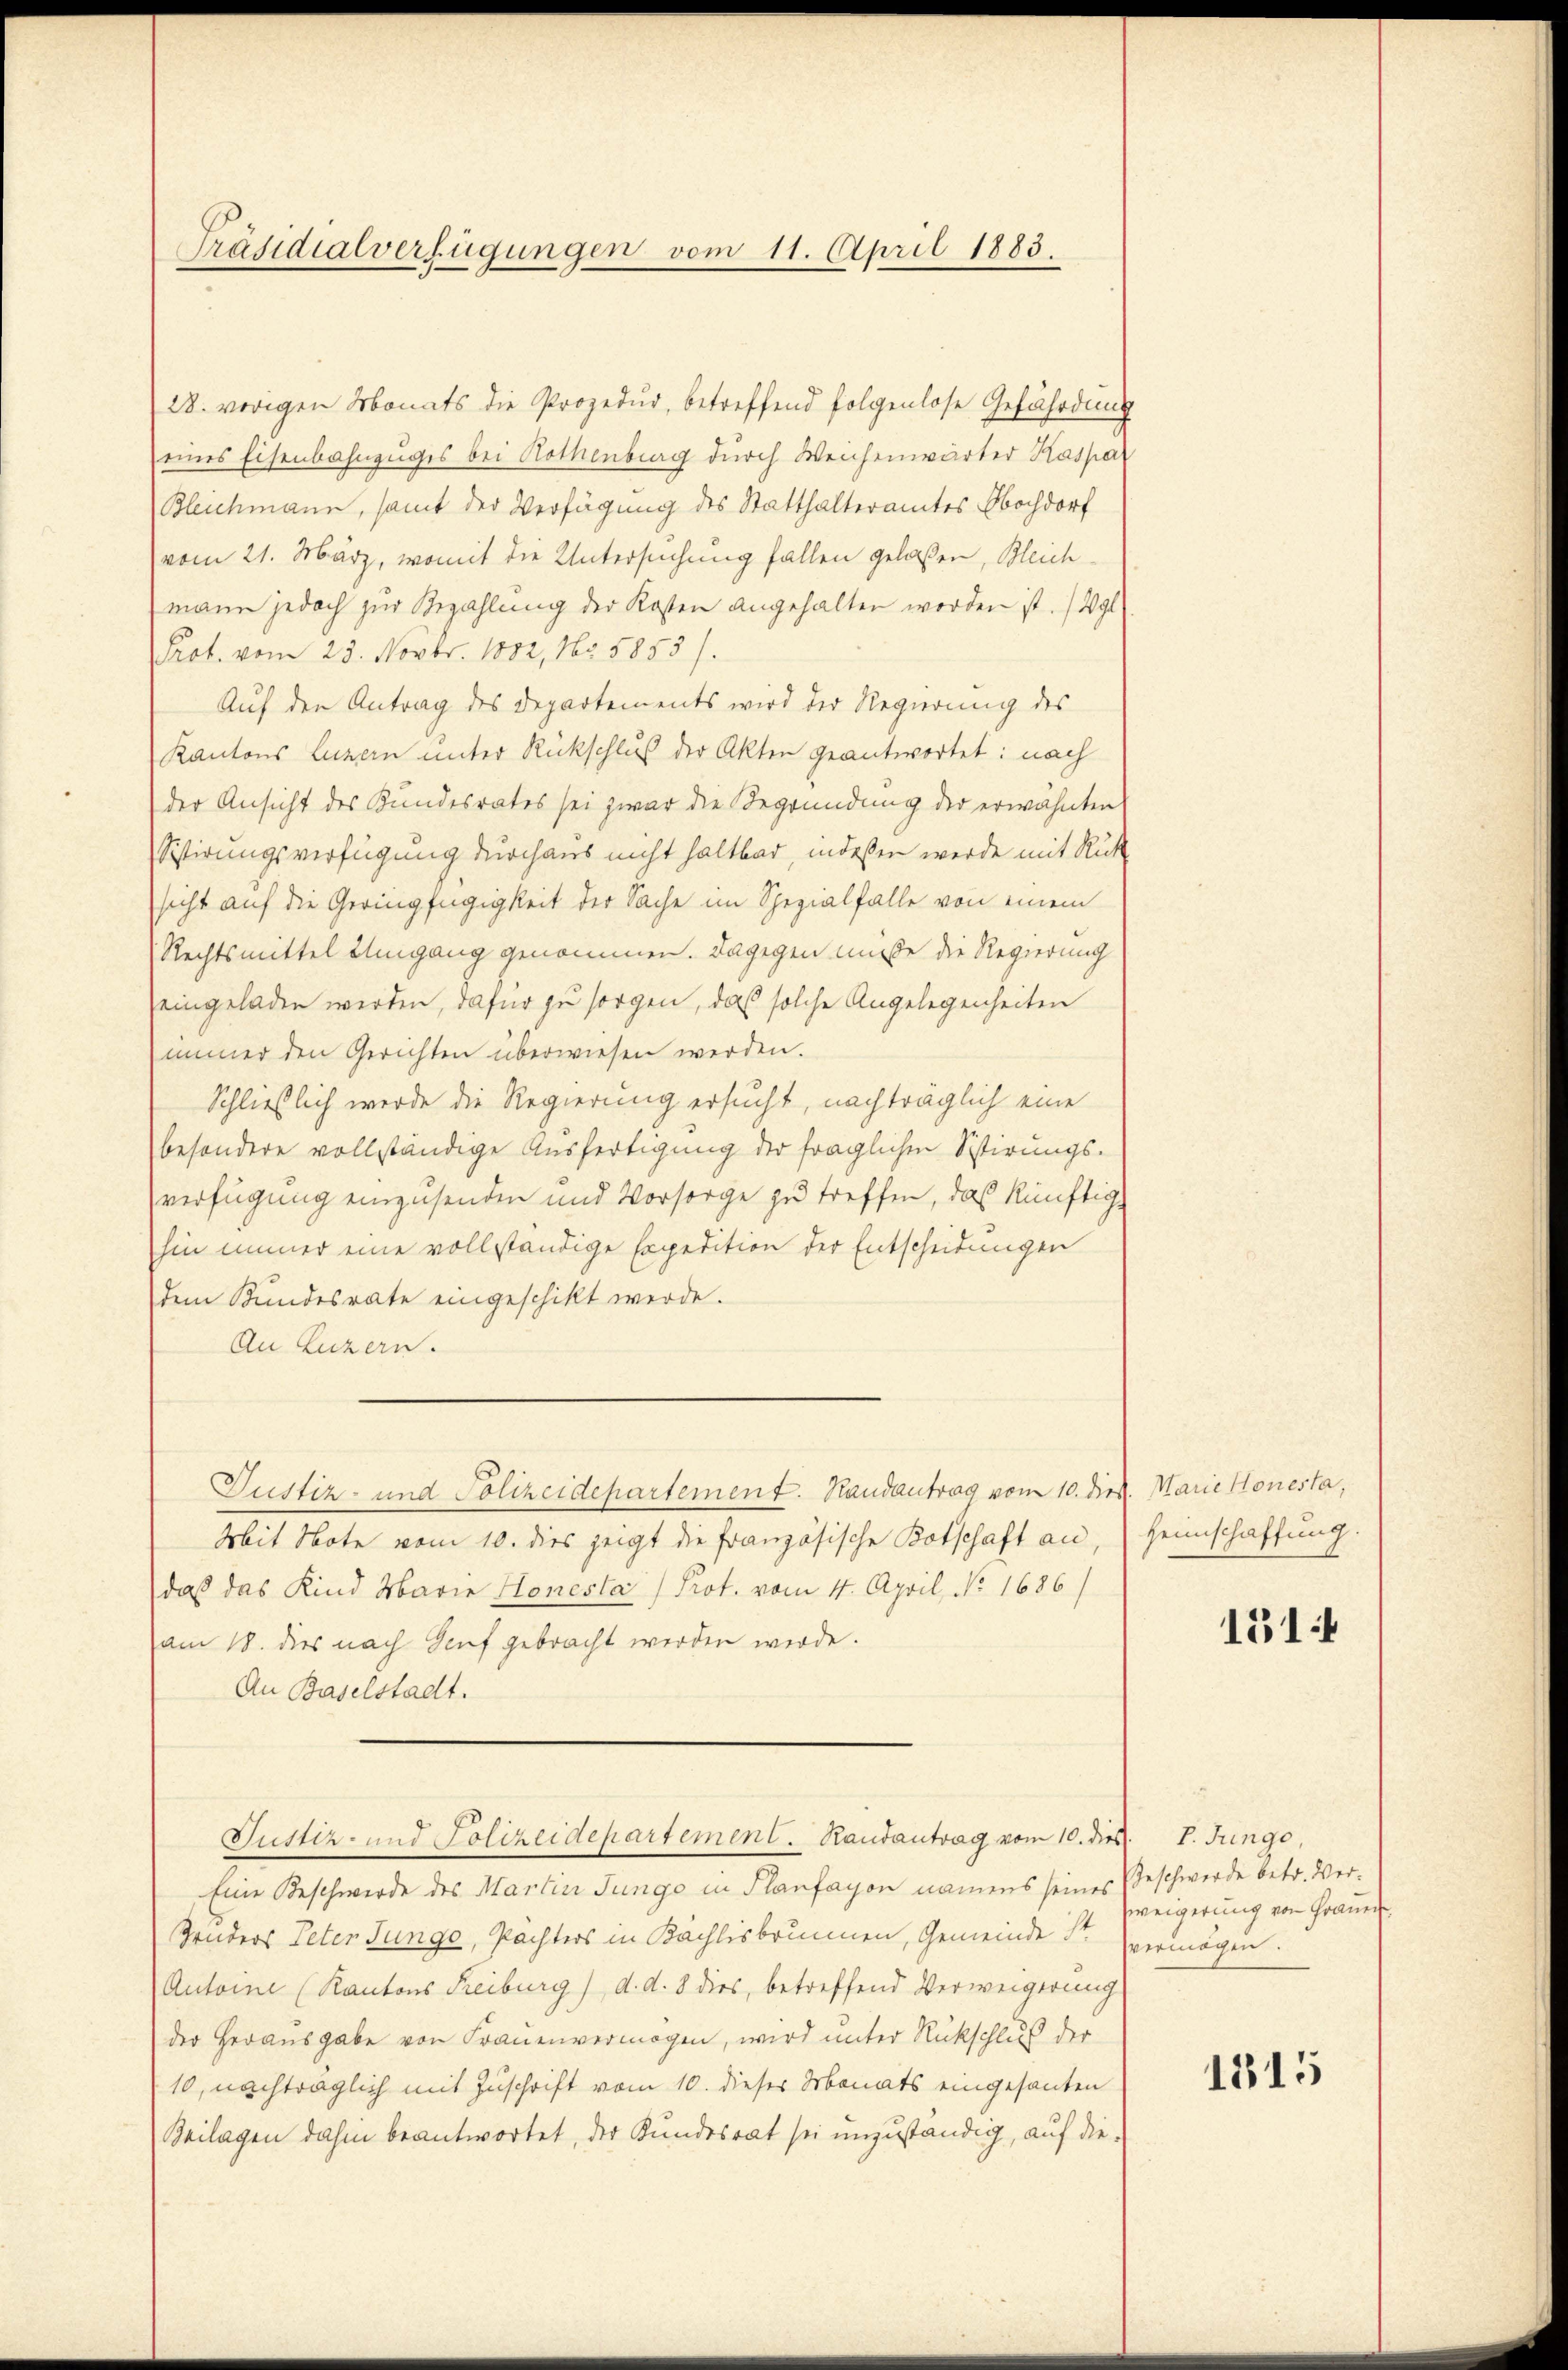
Präsidialverfügungen vom 11. April 1883.

28. vorigen Monats die Prozedur, betreffend folgenlose Gefährdung
eines Eisenbahnzuges bei Rothenberg durch Weichenwärter Kaspar
Bleichmann, samt der Verfügung des Statthalteramtes Hochdorf
vom 21. März, womit die Untersuchung fallen gelaßen, Bleichmann jedoch zur Bezahlung der Kosten angehalten worden ist. (Vgl
Prot. vom 23. Novbr. 1882, No 5855/.
Auf den Antrag des Departements wird der Regierung des
Kantons Luzern unter Rückschluß der Akten geantwortet: nach
der Ansicht des Bundesrates sei zwar die Begründung der erwähnten
Sistirungsverfügung durchaus nicht haltbar, indeßen werde mit Rück
sicht auf die Geringfügigkeit der Sache im Spezialfalle von einem
Rechtsmittel Eingang genommen. Dagegen müße die Regierung
eingeladen werden, dafür zu sorgen, daß solche Angelegenheiten
immer den Gerichten überwiesen werden.
Schließlich werde die Regierung ersucht, nachträglich eine
besondere vollständige Ausfertigung der fraglichen Sistirungs-
verfügung einzusenden und Vorsorge zu treffen, das künftig
hin immer eine vollständige Expedition der Entscheidungen
dem Bundesrate eingeschikt werde.
An Luzern.
Justiz- und Polizeidepartement. Handantrag vom 10. dr. Marie Honesta,
Mit Note vom 10. dies zeigt die Französische Botschaft an,
daß das Kind Marie Honesta /Prot. vom 4. April, No. 1686/
am 18. dies nach Genf gebracht werden werde.
An Baselstadt.
Justiz- und Polizeidepartement. Randantrag vom 10. dies. V. Jungo,
Eine Beschwerde des Martin Jungo in Planfayon namens seines Beschwerde betr. Ver¬
Gruders Peter Junge, Pachters in Kächlisbrunnen, Gemeinde Sr. vermögen.
Antoine (Kantons Freiburg) d. d. 8 dies, betreffend Verweigerung
der Herausgabe von Frauenvermögen, wird unter Rückschluß der
10, nachträglich mit Zuschrift vom 10. dieser Monats eingesanten
Beilagen dahin beantwortet, der Kundesrat sei unzuständig, auf die¬

Heimschaffung.

151

weigerung von Fraue

1815